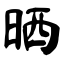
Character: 晒